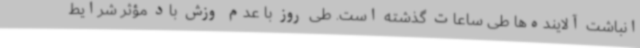
انباشت آلاینده‌ها طی ساعات گذشته است. طی روز با عدم وزش باد مؤثر شرایط